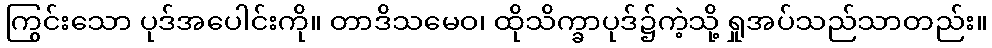
ကြွင်းသော ပုဒ်အပေါင်းကို။ တာဒိသမေဝ၊ ထိုသိက္ခာပုဒ်၌ကဲ့သို့ ရှုအပ်သည်သာတည်း။